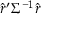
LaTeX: { \hat { r } } ^ { \prime } \Sigma ^ { - 1 } { \hat { r } }